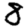
Digit: 8